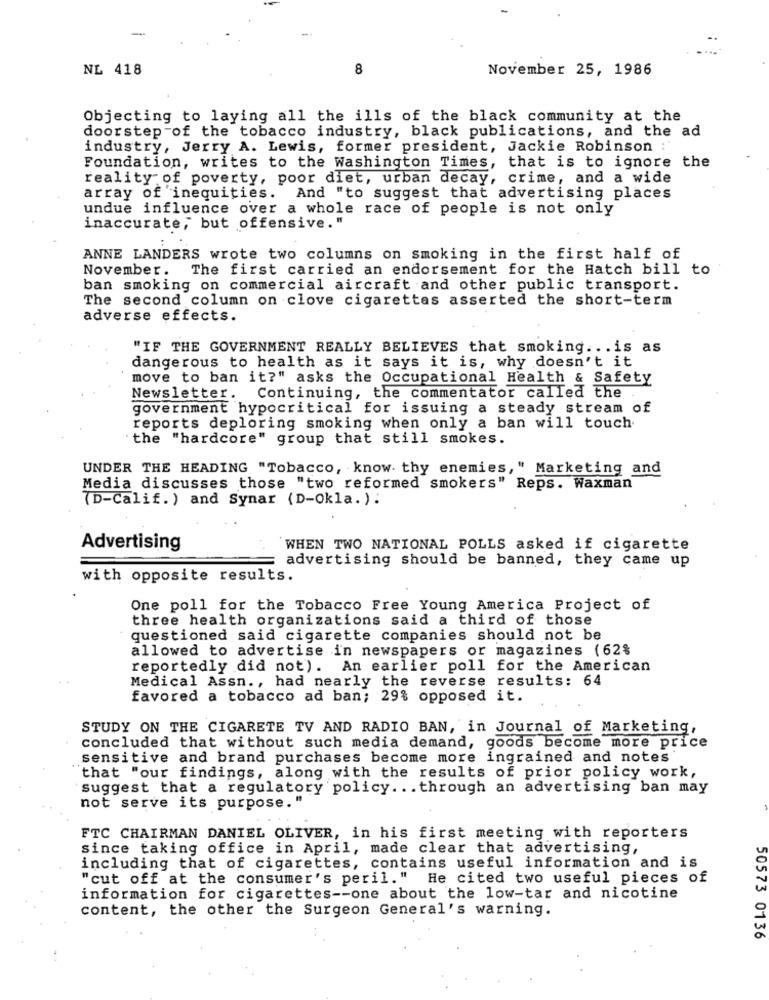
NL 418
8
November 25, 1986
Objecting to laying all the ills of the black community at the
doorstep of the tobacco industry, black publications, and the ad
industry, Jerry A. Lewis, former president, Jackie Robinson :
Foundation, writes to the Washington Times, that is to ignore the
reality of poverty, poor diet, urban decay, crime, and a wide
array of inequities. And "to suggest that advertising places
undue influence over a whole race of people is not only
inaccurate, but offensive."
ANNE LANDERS wrote two columns on smoking in the first half of
November. The first carried an endorsement for the Hatch bill to
ban smoking on commercial aircraft and other public transport.
The second column on clove cigarettes asserted the short-term
adverse effects.
"IF THE GOVERNMENT REALLY BELIEVES that smoking ... is as
dangerous to health as it says it is, why doesn't it
move to ban it?" asks the Occupational Health & Safety
Newsletter. Continuing, the commentator called the
government hypocritical for issuing a steady stream of
reports deploring smoking when only a ban will touch.
" the "hardcore" group that still smokes.
UNDER THE HEADING "Tobacco, know thy enemies," Marketing and
Media discusses those "two reformed smokers" Reps. Waxman
(D-Calif.) and Synar (D-Okla. ):
Advertising
WHEN TWO NATIONAL POLLS asked if cigarette
advertising should be banned, they came up
with opposite results.
One poll for the Tobacco Free Young America Project of
three health organizations said a third of those
questioned said cigarette companies should not be
allowed to advertise in newspapers or magazines (62%
reportedly did not). An earlier poll for the American
Medical Assn ., had nearly the reverse results: 64
favored a tobacco ad ban; 29% opposed it.
STUDY ON THE CIGARETE TV AND RADIO BAN, in Journal of Marketing,
concluded that without such media demand, goods become more price
sensitive and brand purchases become more ingrained and notes
"that "our findings, along with the results of prior policy work,
suggest that a regulatory policy ... through an advertising ban may
not serve its purpose."
FTC CHAIRMAN DANIEL OLIVER, in his first meeting with reporters
since taking office in April, made clear that advertising,
including that of cigarettes, contains useful information and is
"cut off at the consumer's peril. "
He cited two useful pieces of
information for cigarettes -- one about the low-tar and nicotine
content, the other the Surgeon General's warning.
50573 0136